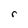
Character: r